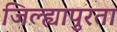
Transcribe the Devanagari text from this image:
जिल्ह्यापुरता